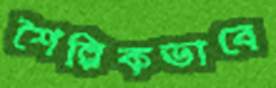
শৈল্পিকভাবে